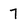
Character: 7